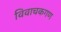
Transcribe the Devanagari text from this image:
विवाचकगण